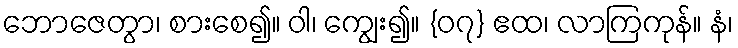
ဘောဇေတွာ၊ စားစေ၍။ ဝါ၊ ကျွေး၍။ {၀၇} ဧထ၊ လာကြကုန်။ နံ၊